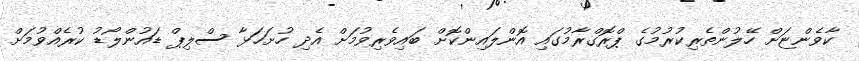
ކާވެންޏަށް ހޭލުންތެރިކުރުމުގެ ޕްރޮގްރާމުގައި އޮންލައިންކޮށް ބައިވެރިވުމަށް އެދި ހުށަހަޅާ ސްލިޕް ޑައުންލޯޑު ކުރެއްވުމަށް